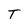
Character: T